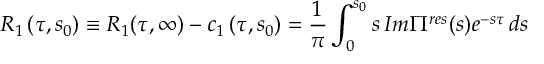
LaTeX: { R } _ { 1 } \left( \tau , s _ { 0 } \right) \equiv { R } _ { 1 } ( \tau , \infty ) - c _ { 1 } \left( \tau , s _ { 0 } \right) = \frac { 1 } { \pi } \int _ { 0 } ^ { s _ { 0 } } s \, I m \Pi ^ { r e s } ( s ) e ^ { - s \tau } \, d s